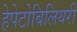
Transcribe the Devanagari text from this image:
हेपेटोबिलियरी